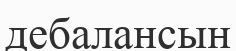
дебалансын